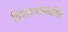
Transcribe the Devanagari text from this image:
द्विपारश्वसममित